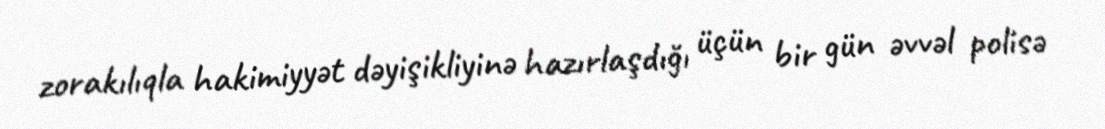
zorakılıqla hakimiyyət dəyişikliyinə hazırlaşdığı üçün bir gün əvvəl polisə